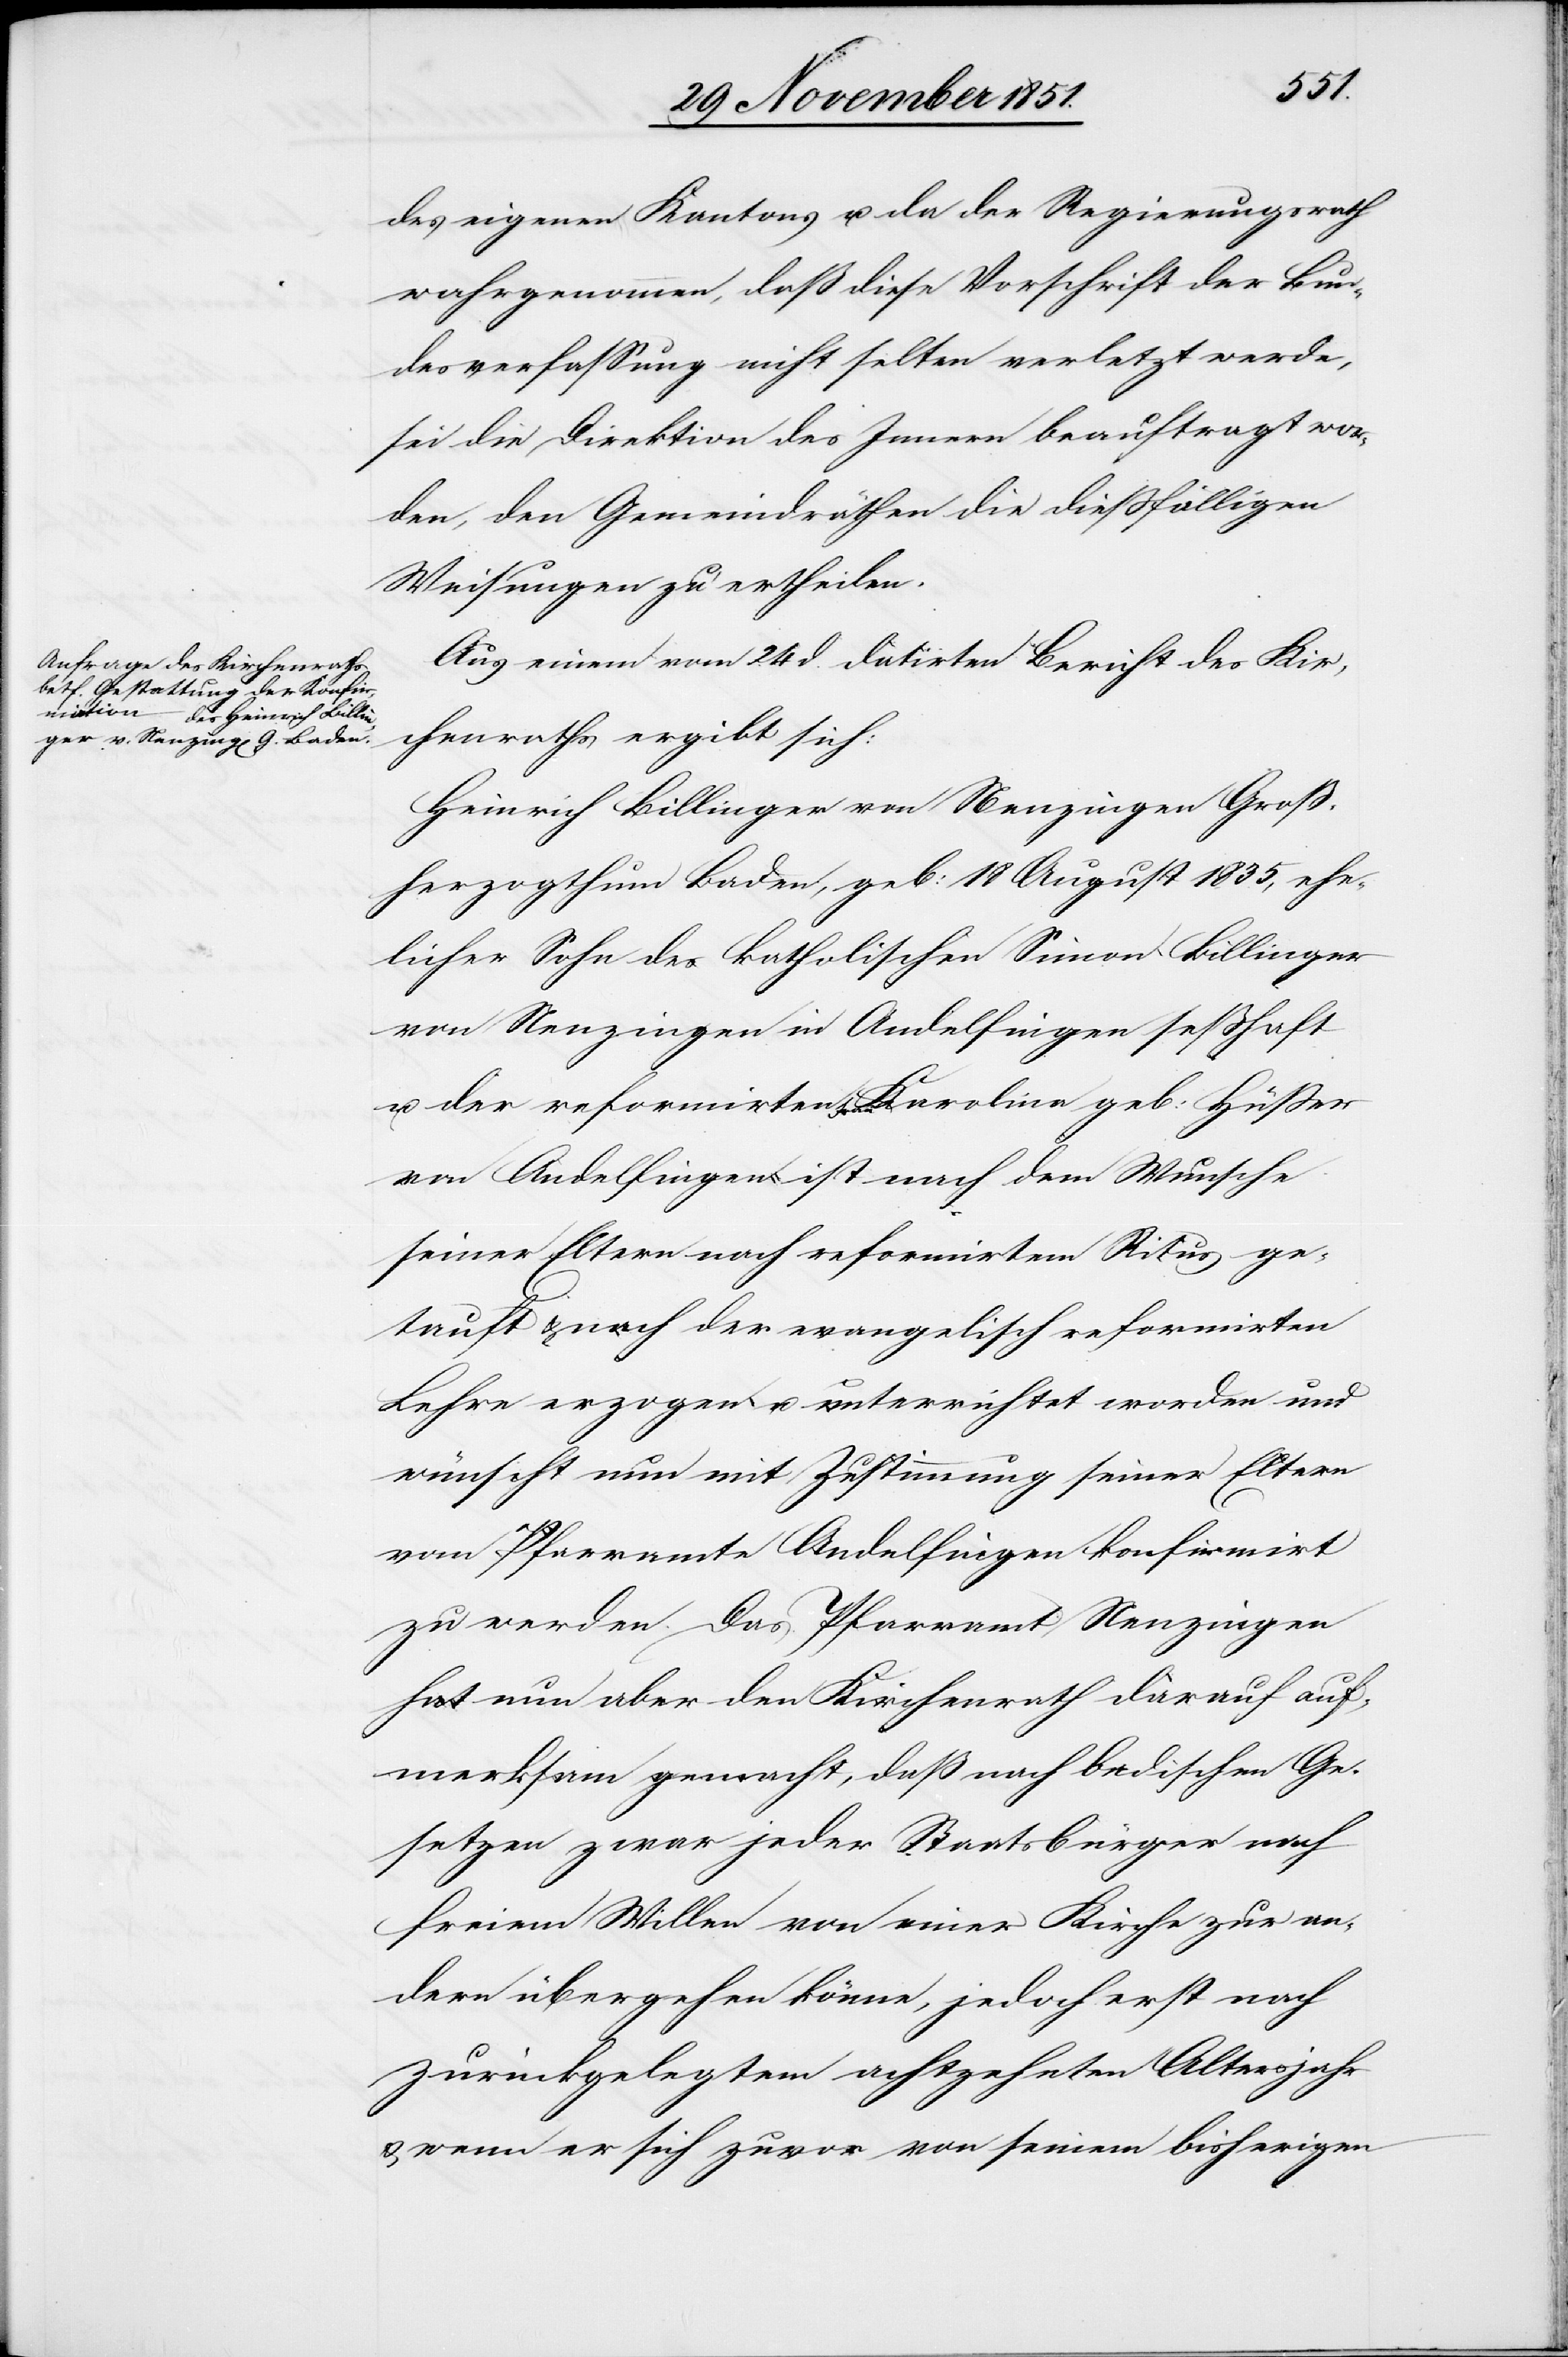
des eigenen Kantons u. da der Regierungsrath
wahrgenommen, daß diese Vorschrift der Bun¬
desverfassung nicht selten verletzt werde,
sei die Direktion des Innern beauftragt wor¬
den, den Gemeindräthen die dießfälligen
Weisungen zu ertheilen.
Aus einem vom 24 d. datirten Bericht des Kir¬
chenraths ergibt sich:
Heinrich Billinger von Nenzingen Groß¬
herzogthum Baden, geb: 18 August 1835, ehe¬
licher Sohn des katholischen Simon Billinger
von Nenzingen in Andelfingen seßhaft
u. der reformirten Frau Karolina geb: Hüßer
von Andelfingen ist nach dem Wunsche
seiner Eltern nach reformirtem Ritus ge¬
tauft & nach der evangelisch reformirten
Lehre erzogen u. unterrichtet worden und
wünscht nun mit Zustimmung seiner Eltern
vom Pfarramte Andelfingen konfirmirt
zu werden. Das Pfarramt Nenzingen
hat nun aber den Kirchenrath darauf auf¬
merksam gemacht, daß nach badischen Ge¬
setzen zwar jeder Staatsbürger nach
freiem Willen von einer Kirche zur an¬
dern übergehen könne, jedoch erst nach
zurückgelegtem achtzehnten Altersjahr
wenn er sich zuvor von seinem bisherigen